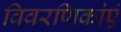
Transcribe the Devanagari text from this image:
विवरणिकांएं